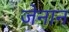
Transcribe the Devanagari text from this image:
जेनान